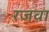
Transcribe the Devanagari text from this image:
रजवा